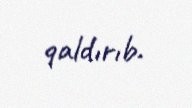
qaldırıb.